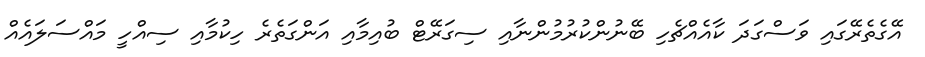
އޭގެތެރޭގައި ވަސްގަަދަ ކާއެއްޗެހި ބޭނުންކުރުމުންނާއި ސިގަރޭޓް ބުއިމާއި އަންގަތެރެ ހިކުމާއި ސިއްހީ މައްސަލައެއް